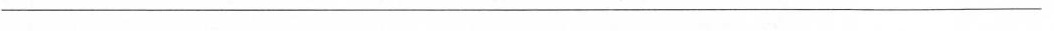
____